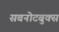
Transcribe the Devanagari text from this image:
सबनोटबुक्स